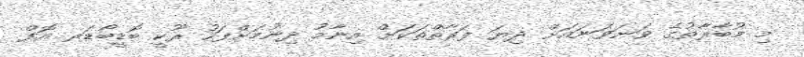
މި މުބާރާތުގެ ވަނަވަނައަށް ދިޔަ ފަރާތްތަކަށް އިނާމު ދިނުމަށްފަހު ރޫކީ ބޮޑީބޯޑަރ އޮފް